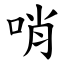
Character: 哨